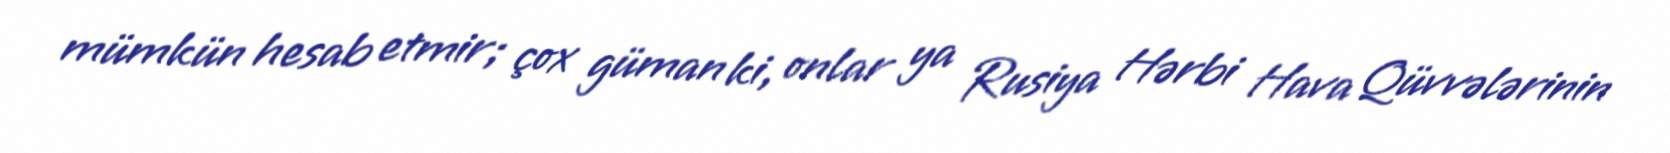
mümkün hesab etmir; çox güman ki, onlar ya Rusiya Hərbi Hava Qüvvələrinin